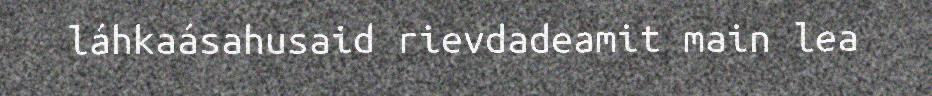
láhkaásahusaid rievdadeamit main lea